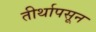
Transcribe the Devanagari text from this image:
तीर्थापसून